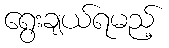
ရွေးချယ်ရမည့်